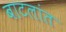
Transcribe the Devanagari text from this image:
बाटलांत